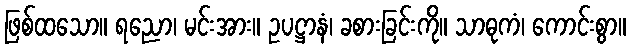
ဖြစ်ထသော။ ရညော၊ မင်းအား။ ဥပဋ္ဌာနံ၊ ခစားခြင်းကို။ သာဓုကံ၊ ကောင်းစွာ။